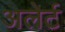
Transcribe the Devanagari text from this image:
अलेर्ट